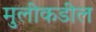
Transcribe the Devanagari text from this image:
मुलीकडील